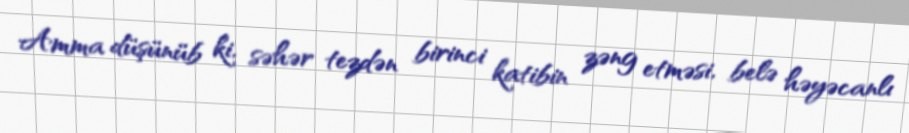
Amma düşünüb ki, səhər tezdən birinci katibin zəng etməsi, belə həyəcanlı